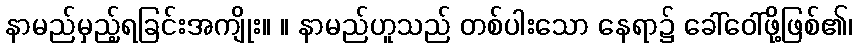
နာမည်မှည့်ရခြင်းအကျိုး။ ။ နာမည်ဟူသည် တစ်ပါးသော နေရာ၌ ခေါ်ဝေါ်ဖို့ဖြစ်၏၊